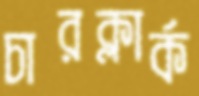
চারক্লার্ক